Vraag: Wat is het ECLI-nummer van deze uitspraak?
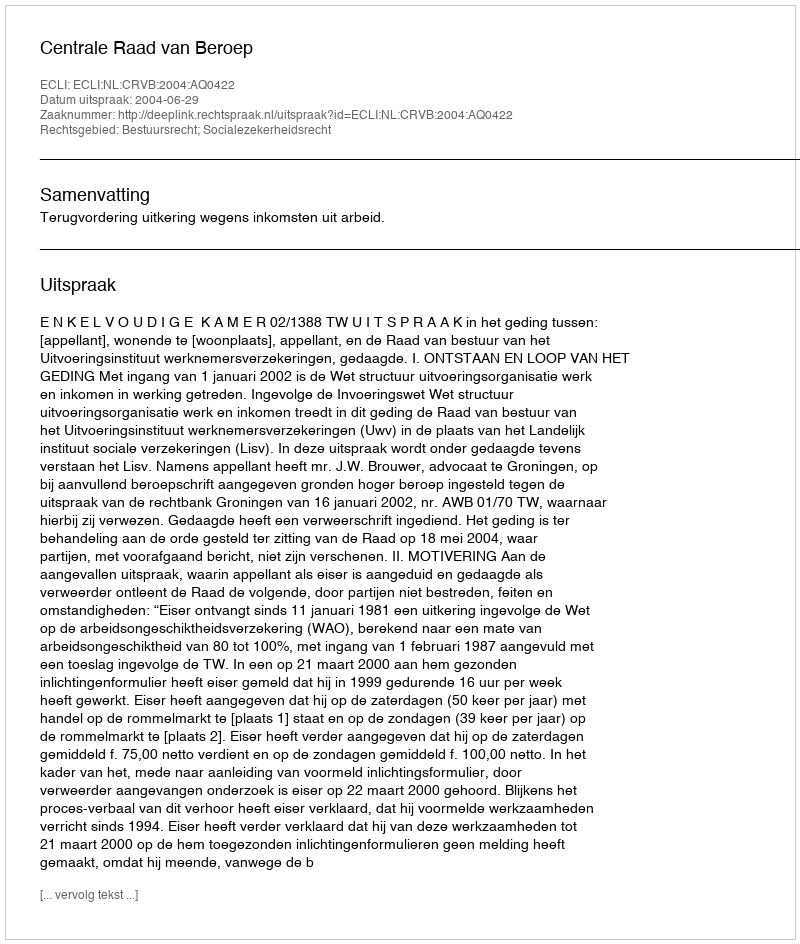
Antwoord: ECLI:NL:CRVB:2004:AQ0422